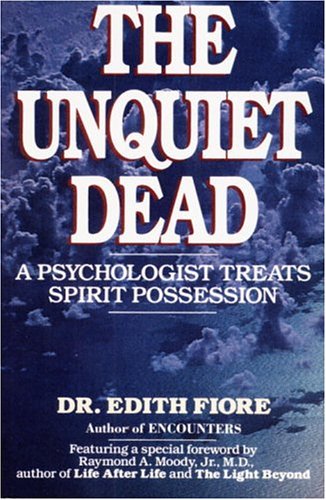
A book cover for The Unquiet Dead: A Psychologist Treats Spirit Possession; Edith Fiore; Religion & Spirituality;